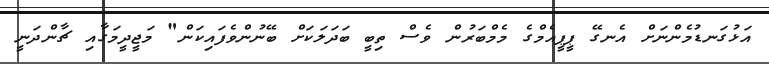
އަޅުގަނޑުމެންނަށް އެނގޭ ޕީޕީއެމްގެ މެމްބަރުން ވެސް ތިބީ ބަދަލަކަށް ބޭނުންްވެފައިކަން" މަޖީދީމަގާއި ޗާންދަނީ